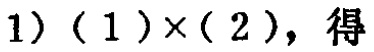
$(1)\times(2)，得$